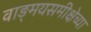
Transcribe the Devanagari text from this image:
वाङ्‌मयसमीक्षेच्या